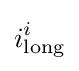
i_{\text{long}}^{i}